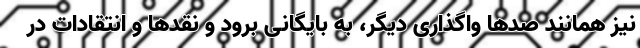
نیز همانند صدها واگذاری دیگر، به بایگانی برود و نقدها و انتقادات در